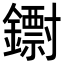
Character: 𨮬